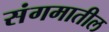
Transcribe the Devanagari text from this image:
संगमातील